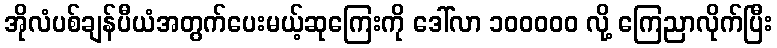
အိုလံပစ်ချန်ပီယံအတွက်ပေးမယ့်ဆုကြေးကို ဒေါ်လာ ၁၀၀၀၀၀ လို့ ကြေညာလိုက်ပြီး